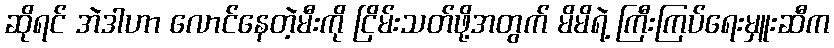
ဆိုရင် အဲဒါဟာ လောင်နေတဲ့မီးကို ငြိမ်းသတ်ဖို့အတွက် မိမိရဲ့ ကြီးကြပ်ရေးမှူးဆီက